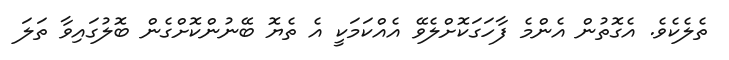
ތެލެކެވެ. އެގޮތުން އެންމެ ފާހަގަކޮށްލެވޭ އެއްކަމަކީ އެ ތެޔޮ ބޭނުންކޮށްގެން ބޮލުގައިވާ ތަލަ